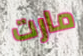
مارت